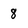
Character: 8